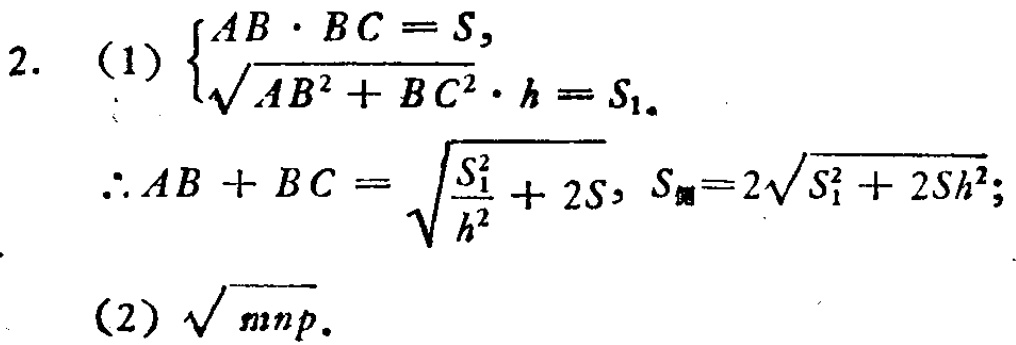
2. (1) $\begin{cases}AB\cdot BC = S,\\\sqrt{AB^{2}+BC^{2}}\cdot h = S_{1}.\end{cases}$
$\therefore AB + BC=\sqrt{\frac{S_{1}^{2}}{h^{2}}+2S}, S_{周}=2\sqrt{S_{1}^{2}+2Sh^{2}};$
(2) $\sqrt{mnp}.$